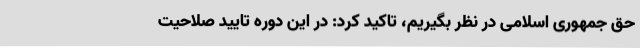
حق جمهوری اسلامی در نظر بگیریم، تاکید کرد: در این دوره تایید صلاحیت